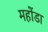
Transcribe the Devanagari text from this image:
महोंडा